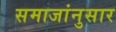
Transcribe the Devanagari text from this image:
समाजांनुसार